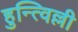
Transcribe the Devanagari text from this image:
हुन्त्विल्ली